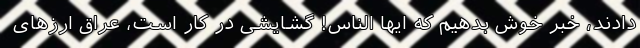
دادند، خبر خوش بدهیم که ایها الناس! گشایشی در کار است، عراق ارزهای